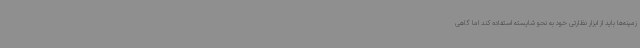
زمینه‌ها باید از ابزار نظارتی خود به نحو شایسته استفاده کند اما گاهی